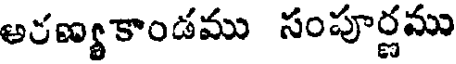
అరణ్య కాండము సంపూర్ణము